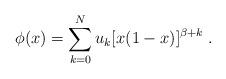
LaTeX: \begin{align*}\phi (x) = \sum_{k=0}^N u_k [x(1-x)]^{\beta + k} \; . \end{align*}